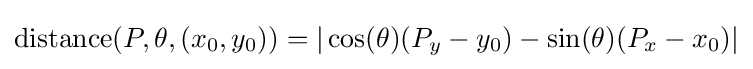
\operatorname {distance} (P,\theta ,(x_{0},y_{0}))=|\cos(\theta )(P_{y}-y_{0})-\sin(\theta )(P_{x}-x_{0})|